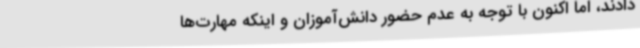
دادند، اما اکنون با توجه به عدم حضور دانش‌آموزان و اینکه مهارت‌ها